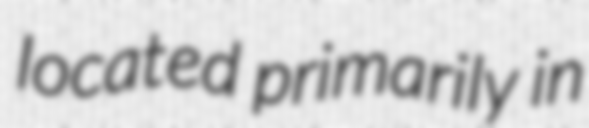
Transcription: located primarily in